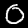
Label: 0